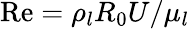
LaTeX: \mathrm{{Re}}={\rho_{l}}{R_{0}}U/{\mu_{l}}